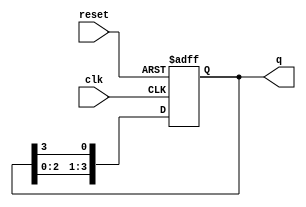
module ring_counter #(
    parameter N = 4 // Number of memory blocks (states)
)(
    input wire clk,       // Clock signal
    input wire reset,     // Asynchronous reset signal
    output reg [N-1:0] q // Output state of the ring counter
);

    // Initial state
    initial begin
        q = 4'b0001; // Initialize the first memory block to '1'
    end

    always @(posedge clk or posedge reset) begin
        if (reset) begin
            q <= 4'b0001; // Reset to initial state
        end else begin
            // Shift the '1' to the next memory block
            q <= {q[N-2:0], q[N-1]}; // Rotate left
        end
    end

endmodule